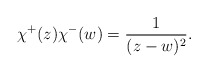
\begin{align*}\chi^+(z) \chi^-(w) = \frac{1}{(z-w)^{2}}.\end{align*}